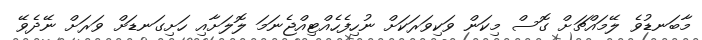
މާބަނޑުވެ ލޭމައްޗަށް ގޮސް މިކަން ވަކިވަރަކަށް ނުހިފެހެއްޓިއްޖެނަމަ ލޮލަށާއި ހަށިގަނޑަށް ވަރަށް ނޭދެވޭ